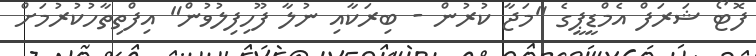
ފޮޓޯ ޝަރަފް އެމްޑީޕީގެ "މަޖާ ކުރުން - ބިރަކާއި ނުލާ ފޫހިފިލުވުން" އިފްތިތާހުކުރުމަށް